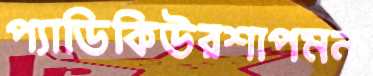
প্যাডিকিউরশাপমন্য